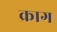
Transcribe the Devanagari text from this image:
क्राग